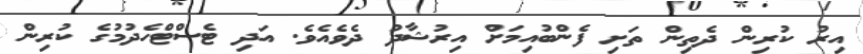
އިރު ކުރިން ދެތިން ތަށި ފެންބުއިމަށް އިރުޝާދު ދެވެއެވެ. އަދި ޓެސްޓްހެދުމުގެ ކުރިން